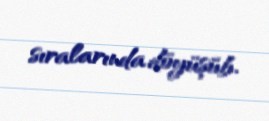
sıralarında döyüşüb.